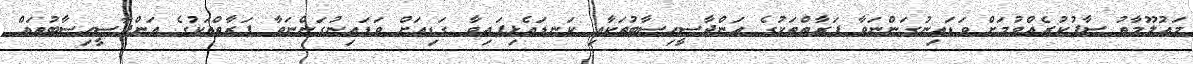
މަޢުލޫމާތު ސާފުކުރެއްވުމަށް ވަޑައިނުގަންނަވާ ފަރާތްތަކުގެ އަންދާސީހިސާބުތަކާއި ކަނޑައެޅިފައިވާ ގަޑިއަށް ވަޑައިނުގަންނަވާ ފަރާތްތަކުގެ އަންދާސީހިސާބުތައް